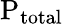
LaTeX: \mathrm{P_{total}}